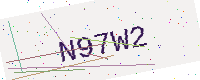
Text: N97W2